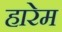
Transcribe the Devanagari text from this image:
हारेम